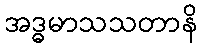
အဒ္ဓမာသသတာနိ